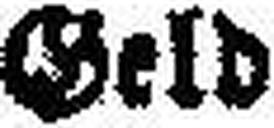
Geld